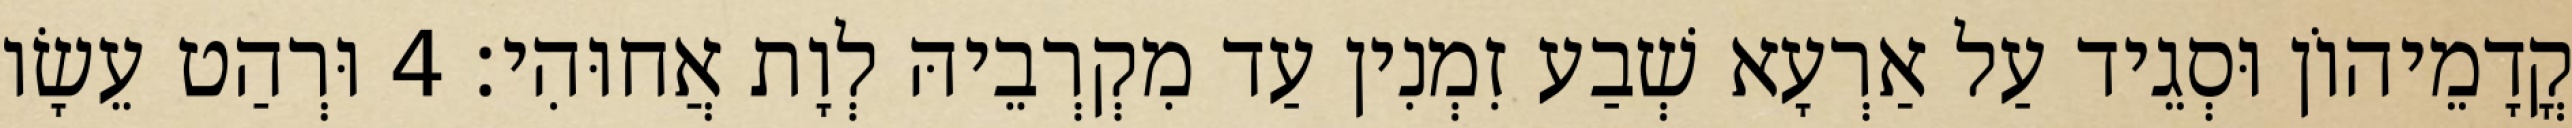
קֳדָמֵיהוֹן וּסְגֵיד עַל אַרְעָא שְׁבַע זִמְנִין עַד מִקְרְבֵיהּ לְוָת אֲחוּהִי׃ 4 וּרְהַט עֵשָׂו